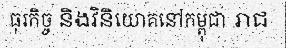
ធុរកិច្ច និងវិនិយោគនៅកម្ពុជា រាជ